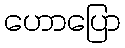
ဟောပြော